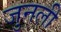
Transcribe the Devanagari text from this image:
जुनली